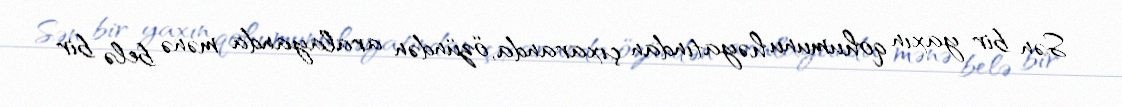
Sən bir yaxın qohumunu həyatından çıxaranda, özündən aralayanda mənə belə bir